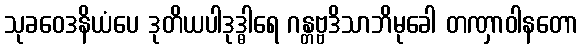
သုခဝေဒနိယံပေ ဒုတိယပါဒုဒ္ဓါရေ ဂန္တဗ္ဗဒိသာဘိမုခေါ တဏှာဝါနတော